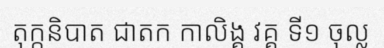
តុក្កនិបាត ជាតក កាលិង្គ វគ្គ ទី១ ចុល្ល